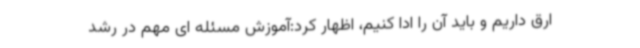
ارق داریم و باید آن را ادا کنیم، اظهار کرد:آموزش مسئله ای مهم در رشد